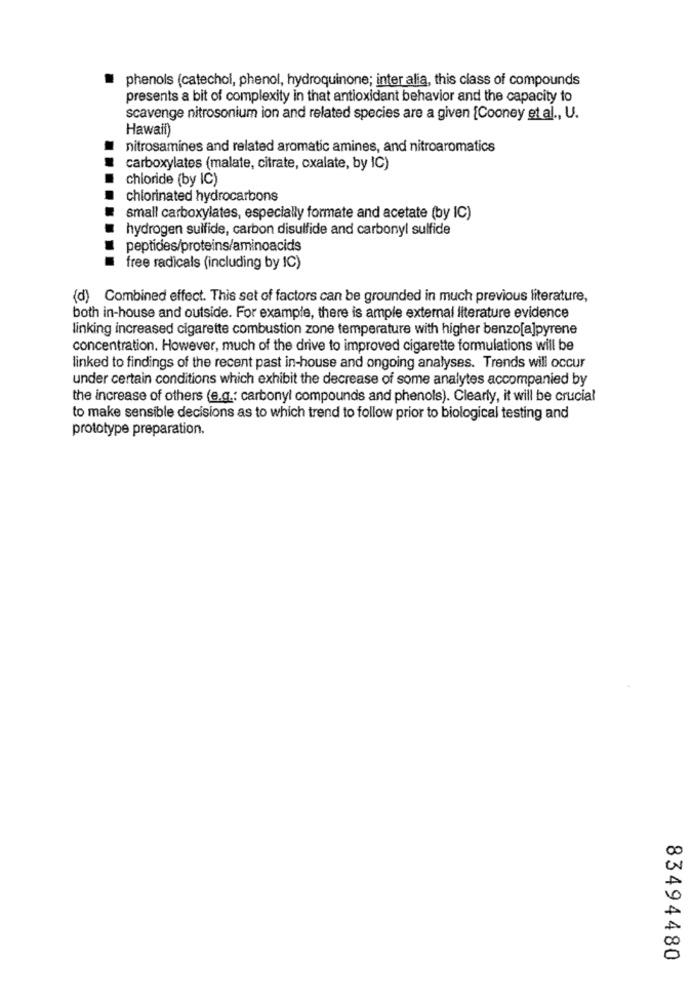
phenols (catechol, phenol, hydroquinone; inter alia, this class of compounds
presents a bit of complexity in that antioxidant behavior and the capacity to
scavenge nitrosonium ion and related species are a given [Cooney et al ., U.
Hawaii)
nitrosamines and related aromatic amines, and nitroaromatics
carboxylates (malate, citrate, oxalate, by IC)
chloride (by IC)
chlorinated hydrocarbons
small carboxylates, especially formate and acetate (by IC)
hydrogen sulfide, carbon disulfide and carbonyl sulfide
peptides/proteins/aminoacids
free radicals (including by IC)
(d) Combined effect. This set of factors can be grounded in much previous literature,
both in-house and outside. For example, there is ample external literature evidence
linking increased cigarette combustion zone temperature with higher benzo[a]pyrene
concentration. However, much of the drive to improved cigarette formulations will be
linked to findings of the recent past in-house and ongoing analyses. Trends will occur
under certain conditions which exhibit the decrease of some analytes accompanied by
the increase of others (e.g .: carbonyl compounds and phenols). Clearly, it will be crucial
to make sensible decisions as to which trend to follow prior to biological testing and
prototype preparation.
83494480